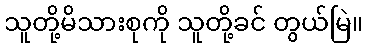
သူတို့မိသားစုကို သူတို့ခင် တွယ်မြဲ။